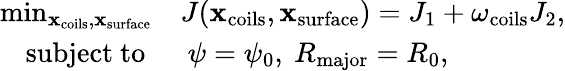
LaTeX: \begin{array}{rl}{\operatorname*{min}_{\mathbf x_{\mathrm{coils}},\mathbf x_{\mathrm{surface}}}}&{J(\mathbf x_{\mathrm{coils}},\mathbf x_{\mathrm{surface}})=J_{1}+\omega_{\mathrm{coils}}J_{2},}\\ {\mathrm{subject~to~}}&{~\psi=\psi_{0},~R_{\mathrm{major}}=R_{0},}\end{array}